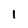
Character: l